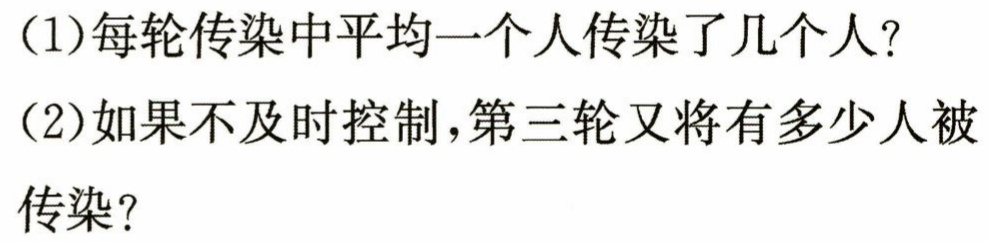
(1)每轮传染中平均一个人传染了几个人?
(2)如果不及时控制,第三轮又将有多少人被传染?